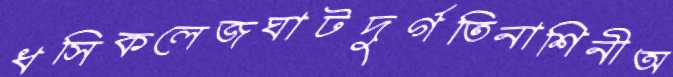
ধসিকলেজঘাটদুর্গতিনাশিনীঅ